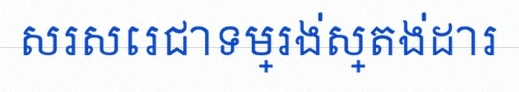
សរសេរជាទម្រង់ស្តង់ដារ